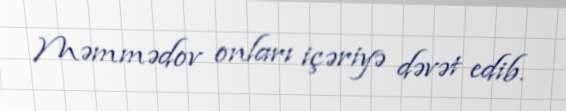
Məmmədov onları içəriyə dəvət edib.